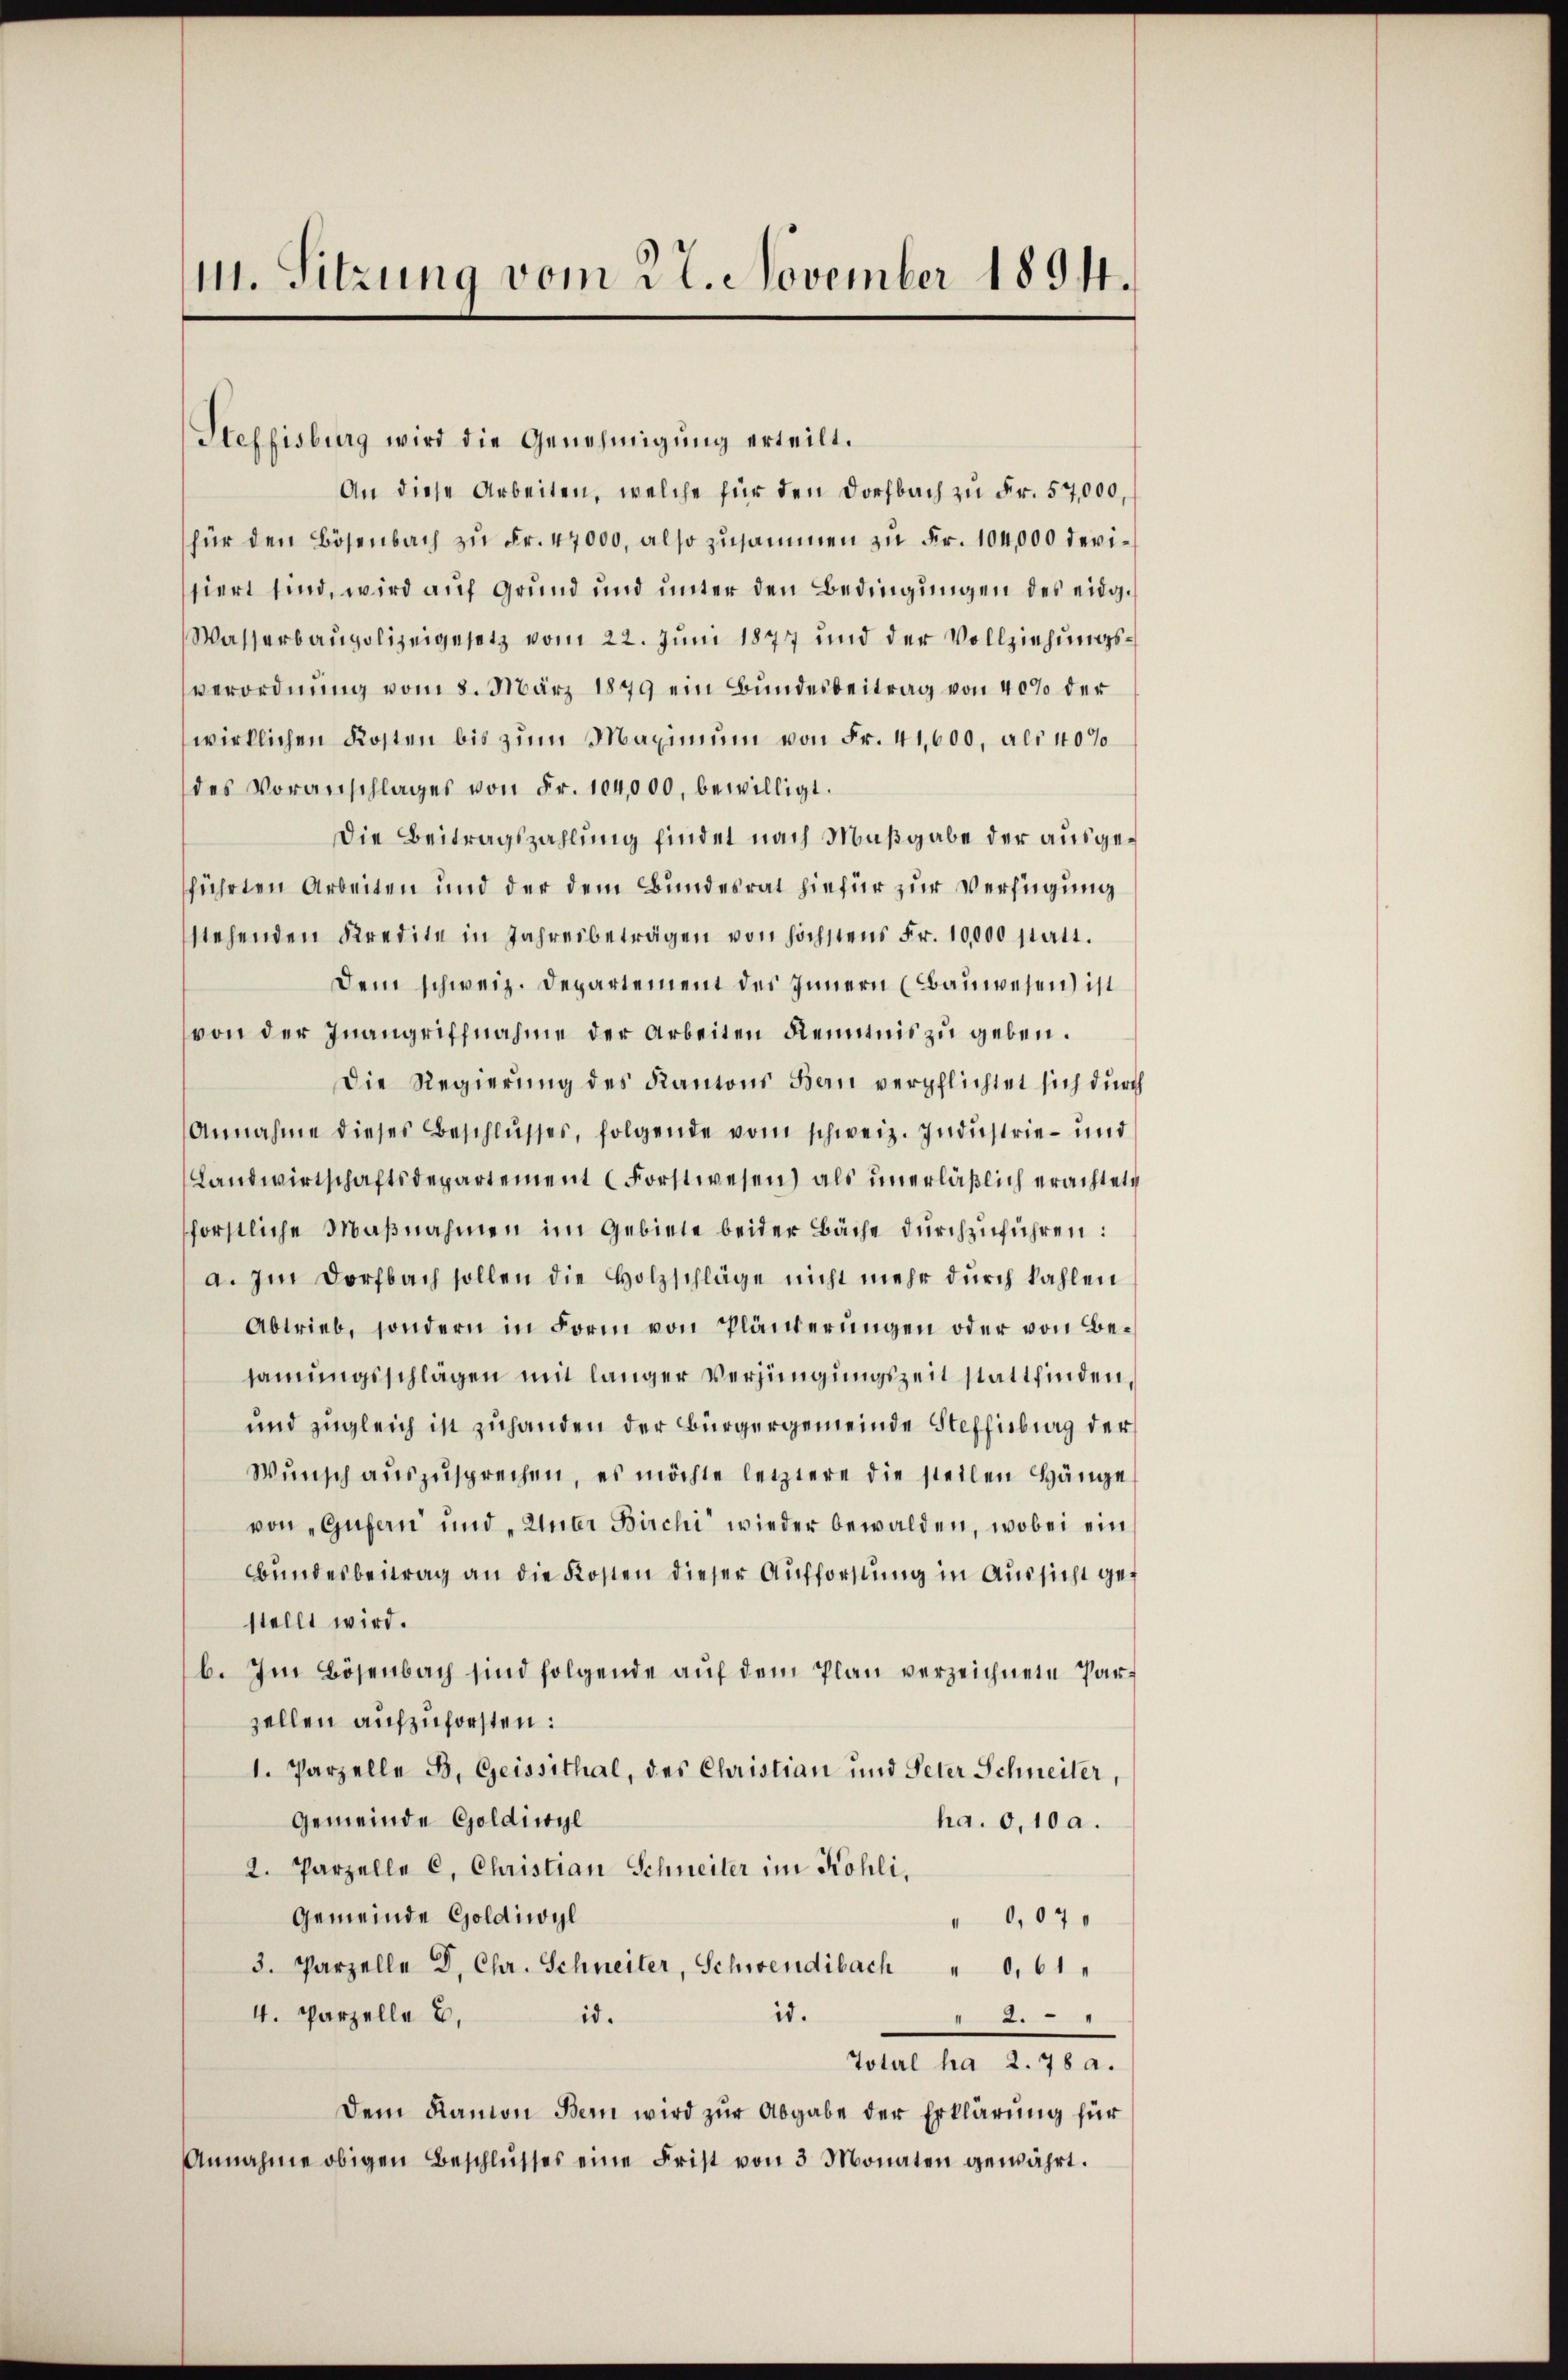
111. Sitzung vom 22. November 1894.

Steffisburg wird die Genehmigung erteilt.
An diese Arbeiten, welche für den Dorfbach zu Fr. 57,000,
für den Bösenbach zŭ Fr. 47000, also zusammen zu Fr. 104,000 devisiert sind, wird auf Grund und unter den Bedingungen des eidg.
Wasserbaupolizeigesetz vom 22. Juni 1877 und der Vollziehungsverordnung vom 8. März 1879 ein Bundesbeitrag von 40% der
wirklichen Kosten bis zŭm Maximum von Fr. 41,000, als 40%
des Voranschlages von Fr. 104,000. bewilligt.
Die Beitragszahlung findet nach Maßgabe der ausgeführten Arbeiten und der dem Bundesrat hiefür zur Verfügung
stehenden Kredite in Jahresbeträgen von höchstens Fr. 10,000 statt.
Dem schweiz. Departement des Innern (Bauwesen ist
von der Inangriffnahme der Arbeiten Kenntnis zu geben.
Die Regierŭng des Kantons Bern verpflichtet sich durch
Annahme dieses Beschlŭsses, folgende vom schweiz. Industrie- und
Landwirtschaftsdepartement (Forstwesen) als unerläßlich erachtet
förstliche Maßnahmen im Gebiete beider Bäche durchzuführen:
a. Im Dorfbach sollen die Holzschläge nicht mehr durch kahlen
Abtrieb, sondern in Form von Pländerungen oder von Besamungsschlägen mit länger Verjüngungszeit stattfinden,
und zugleich in zuhanden der Bürgergemeinde Steffisburg der
Wŭnsch aŭszŭsprechen, es möchte letztere die steilen Hänge
von „Gufern und „Unter Birchi“ wieder bewalden, wobei ein
Bundesbeitrag an die Kosten dieser Aufforstung in Aussicht gestellt wird.
b. Im Bösenbach sind folgende auf dem Plan verzeichnete Parzellen aufzuforsten:
1. Parzelle B. Geissithal, des Christian und Peter Schneiler,
Gemeinde Goldiwyl
ha. 0,10 a.
2. Parzelle C. Christian Schneiter im Kohli,
Gemeinde Goldiwyl
0,070
3. Parzelle D. Chr. Schneiter, Schwendibach " 0,61
is.
4. Parzelle 2,
" 2 "
id.
Total ha 2. 78 a.
Dem Ramon Bern wird zŭr Abgabe der Erklärung für
Annahme obigen Beschlŭsses eine Frist von 3 Monaten gewährt.